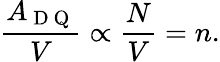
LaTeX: \frac{A_{\mathrm{~D~Q~}}}{V}\propto\frac{N}{V}=n.